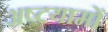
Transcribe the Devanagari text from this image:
अष्टयामों